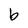
Character: b